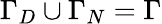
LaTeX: \Gamma_{D}\cup\Gamma_{N}=\Gamma